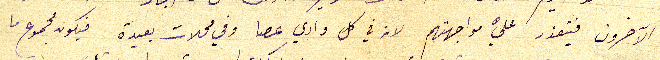
الآخرون فيتعذر عليَّ مواجهتهم لانه في كل وادي عصا وفي محلات بعيدة فيكون مجموع ما